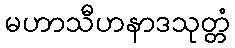
မဟာသီဟနာဒသုတ္တံ